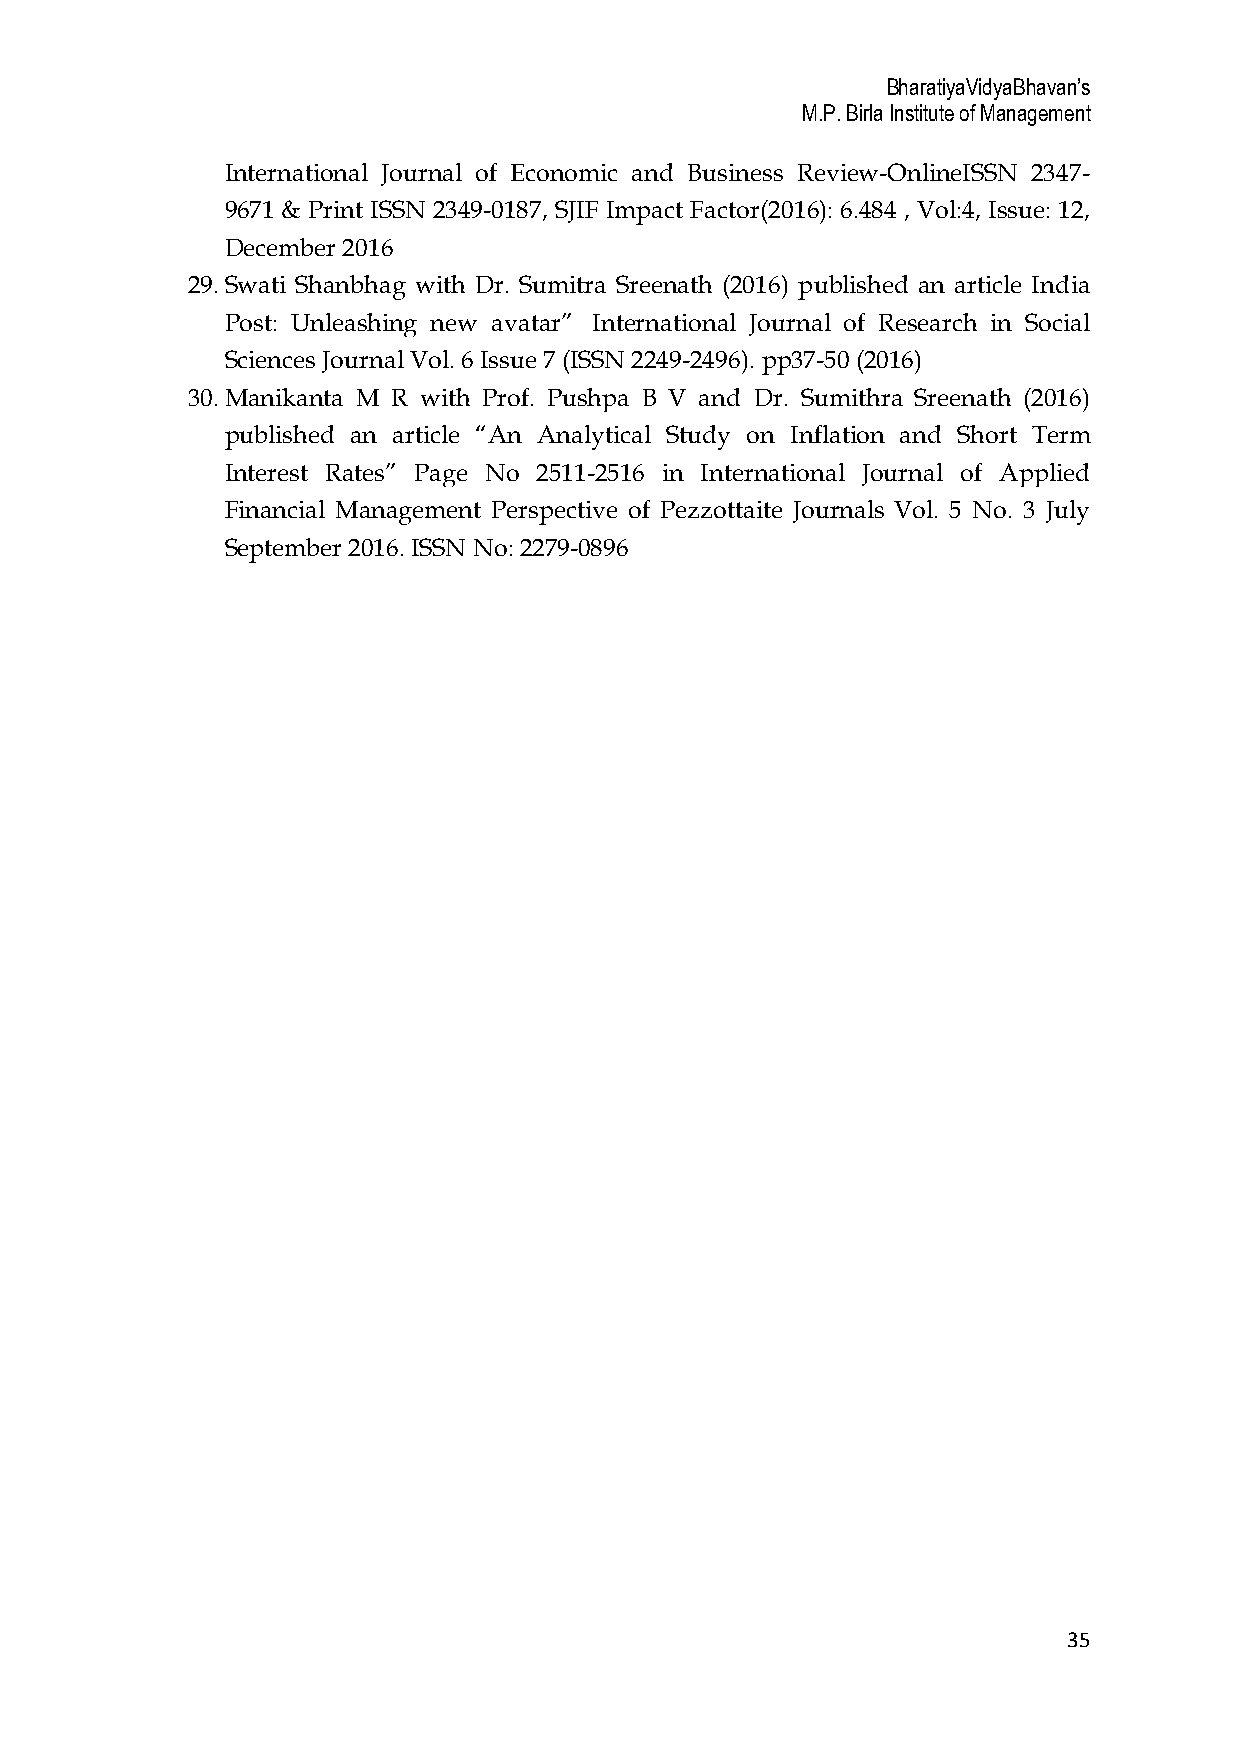
BharatiyaVidyaBhavan’s
 M.P. Birla Institute of Management
 International Journal of Economic and Business Review-OnlineISSN 2347-
 9671 & Print ISSN 2349-0187, SJIF Impact Factor(2016): 6.484 , Vol:4, Issue: 12,
 December 2016
 29. Swati Shanbhag with Dr. Sumitra Sreenath (2016) published an article India
 Post: Unleashing new avatar” International Journal of Research in Social
 Sciences Journal Vol. 6 Issue 7 (ISSN 2249-2496). pp37-50 (2016)
 30. Manikanta M R with Prof. Pushpa B V and Dr. Sumithra Sreenath (2016)
 published an article “An Analytical Study on Inflation and Short Term
 Interest Rates” Page No 2511-2516 in International Journal of Applied
 Financial Management Perspective of Pezzottaite Journals Vol. 5 No. 3 July
 September 2016. ISSN No: 2279-0896
 35